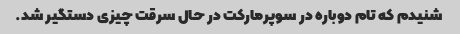
شنیدم که تام دوباره در سوپرمارکت در حال سرقت چیزی دستگیر شد.